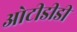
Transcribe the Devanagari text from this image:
ओटीडीडी